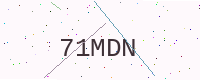
Text: 71MDN